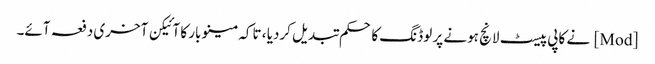
[Mod] نے کاپی پیسٹ لانچ ہونے پر لوڈنگ کا حکم تبدیل کردیا ، تاکہ مینو بار کا آئیکن آخری دفعہ آئے۔